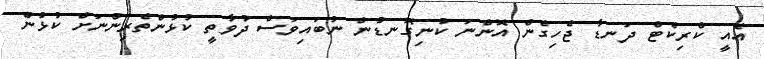
އެއީ ކްރިކެޓް ދަނޑާ ޖެހިގެން އޮންނަ ކުނިގޮނޑުން ނުބައިވަސް ދުވާތީ ކުޅުންތެރިންނަށް ކުޅުން